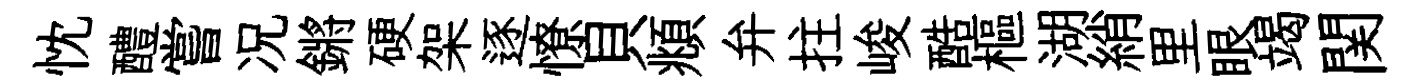
忱醴嘗况鏘硬架逐憭貝頫弁拄峻酷樞湖綃里眼竭関